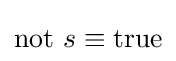
\mathrm {not} ~s\equiv \mathrm {true}